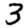
Digit: 3